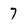
Character: 7